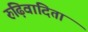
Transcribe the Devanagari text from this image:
रुढ़िवादिता